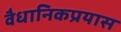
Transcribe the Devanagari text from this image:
वैधानिकप्रयास